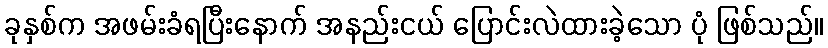
ခုနှစ်က အဖမ်းခံရပြီးနောက် အနည်းငယ် ပြောင်းလဲထားခဲ့သော ပုံ ဖြစ်သည်။